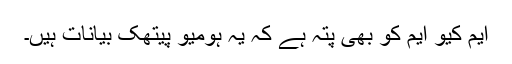
ایم کیو ایم کو بھی پتہ ہے کہ یہ ہومیو پیتھک بیانات ہیں۔